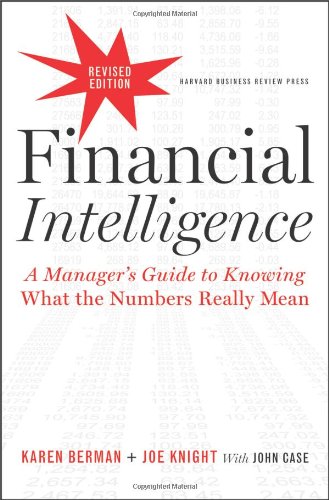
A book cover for Financial Intelligence, Revised Edition: A Manager's Guide to Knowing What the Numbers Really Mean; Karen Berman; Business & Money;